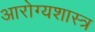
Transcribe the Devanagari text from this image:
आरोग्यशास्त्र